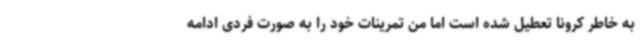
به خاطر کرونا تعطیل شده است اما من تمرینات خود را به صورت فردی ادامه